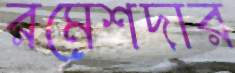
রমেশদার